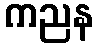
ကညန